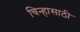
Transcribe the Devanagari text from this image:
चिन्हासाठी